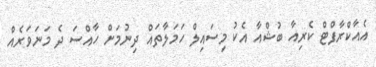
އެއާކްރާފްޓް ކެރިއާ ބުޝްއާ އެކު މިސައިލް ހަމަލާތައް ދިނުމަށް ހާއްސަ ދެ މަނަވަރެއް